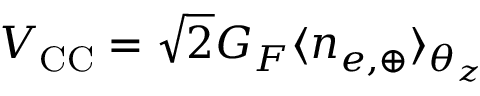
V _ { \mathrm { C C } } = \sqrt { 2 } G _ { F } \langle n _ { e , \oplus } \rangle _ { \theta _ { z } }